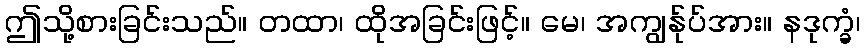
ဤသို့စားခြင်းသည်။ တထာ၊ ထိုအခြင်းဖြင့်။ မေ၊ အကျွန်ုပ်အား။ နဒုက္ခံ၊